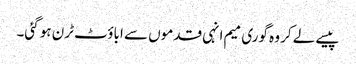
پیسے لے کر وہ گوری میم انہی قدموں سے اباؤٹ ٹرن ہو گئی۔